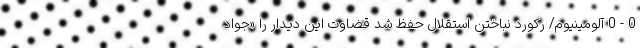
0 - 0 آلومینیوم/ رکورد نباختن استقلال حفظ شد قضاوت این دیدار را «جواد